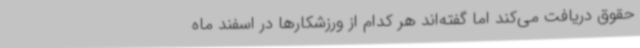
حقوق دریافت می‌کند اما گفته‌اند هر کدام از ورزشکارها در اسفند ماه